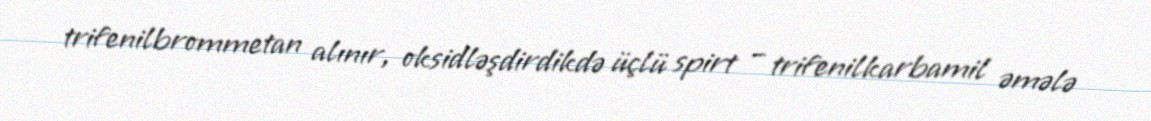
trifenilbrommetan alınır, oksidləşdirdikdə üçlü spirt – trifenilkarbamil əmələ